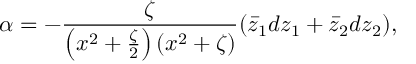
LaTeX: \alpha = - { \frac { \zeta } { \left( x ^ { 2 } + { \frac { \zeta } { 2 } } \right) \left( x ^ { 2 } + \zeta \right) } } ( \bar { z } _ { 1 } d z _ { 1 } + \bar { z } _ { 2 } d z _ { 2 } ) ,